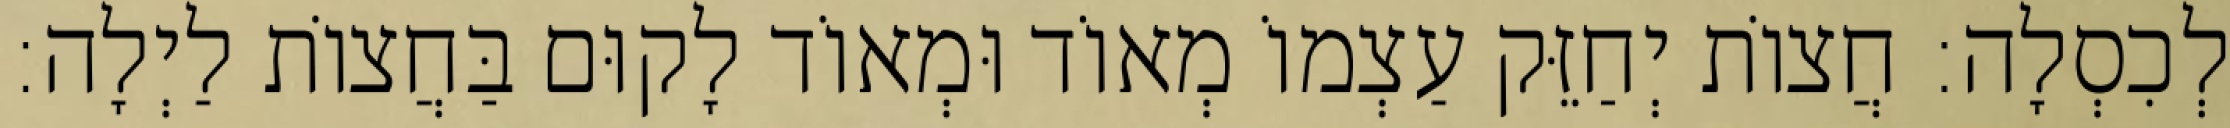
לְכִסְלָה: חֲצוֹת יְחַזֵּק עַצְמוֹ מְאוֹד וּמְאוֹד לָקוּם בַּחֲצוֹת לַיְלָה: